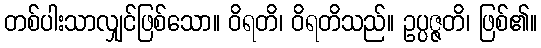
တစ်ပါးသာလျှင်ဖြစ်သော။ ဝိရတိ၊ ဝိရတိသည်။ ဥပ္ပဇ္ဇတိ၊ ဖြစ်၏။